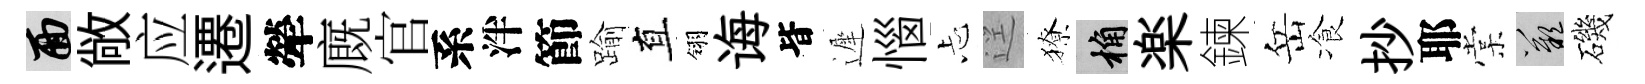
面敞应遷犖廐官系泮節踰直翎诲𣅜遲惱忐逕獠桷楽鍊岳飡抄耶棠嘆磯